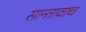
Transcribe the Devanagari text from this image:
सान्तावाच